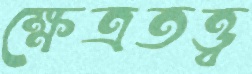
ক্ষেত্রতত্ত্ব